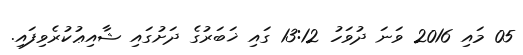
05 މައި 2016 ވަނަ ދުވަހު 13:12 ގައި ޚަބަރުގެ ދަށުގައި ޝާއިޢުކުރެވިފައި.